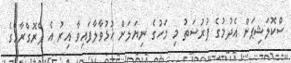
ސްކޮލަޝިޕަށް އެދުމުގެ ފުރުސަތު މި މަހުގެ ނިޔަލަށް ހުޅުވާލާފައިވާ އިރު އެ ޕްރޮގްރާމްގެ